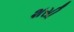
શસી